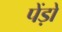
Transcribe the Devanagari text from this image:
पेंड़ो